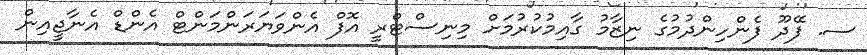
ސ. ފޭދޫ ފެންހިންދުމުގެ ނިޒާމު ގާއިމުކުރުމަށް މިނިސްޓްރީ އޮފް އެންވަޔަރަންމަންޓް އެންޑް އެނާޖީއިން